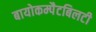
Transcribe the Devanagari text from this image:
बायोकम्पैटबिलटी